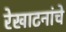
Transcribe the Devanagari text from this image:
रेखाटनांचे